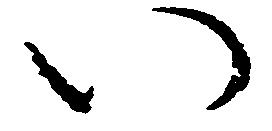
い